Report on vaccination in Madras 1904-1921 - 1904-1921
Year: 1904
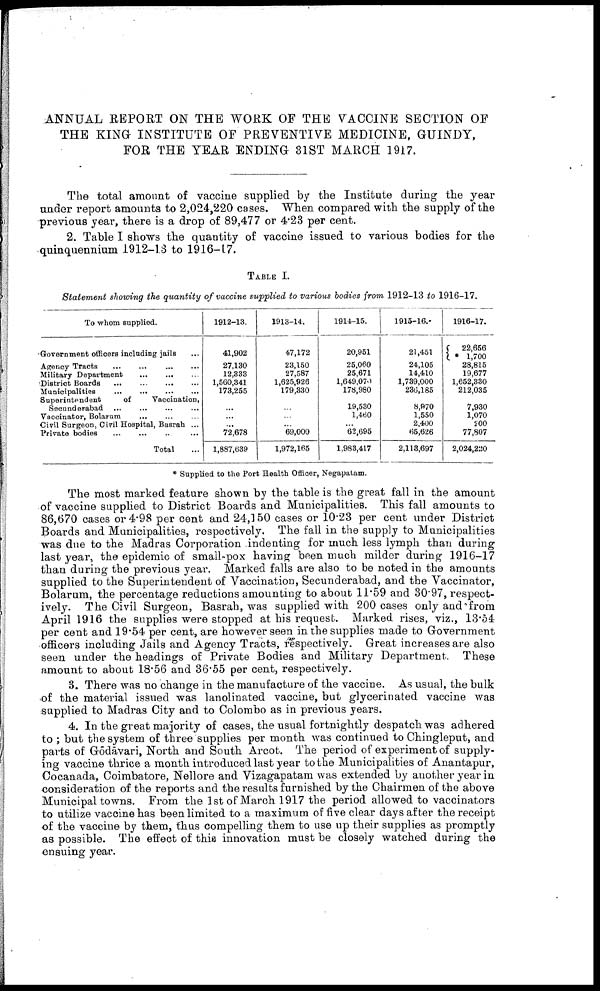
ANNUAL REPORT ON THE WORK OF THE VACCINE SECTION OF
THE KING INSTITUTE OF PREVENTIVE MEDICINE, GUINDY,
FOR THE YEAR ENDING 31ST MARCH 1917.
The total amount of vaccine supplied by the Institute during the year
under report amounts to 2,024,220 cases. When compared with the supply of the
previous year, there is a drop of 89,477 or 4.23 per cent.
2. Table I shows the quantity of vaccine issued to various bodies for the
quinquennium 1912-13 to 1916-17.
TABLE I.
Statement showing the quantity of vaccine supplied to various bodies from 1912-13 to 1916-17.
To whom supplied.
Government officers including jails ...
Agency Tracts .
.
. ... ... ...
Military Department
...
...
...
District Boards
...
...
...
...
Municipalities
...
...
...
...
Superintendent
of
Vaccination,
Secunderabad ... ... ... ...
Vaccinator, Bolarum ... ... ...
Civil Surgeon, Civil Hospital, Basrah ...
Private bodies ... ... ... ...
Total ...
1912-13.
41,902
27,130
12,333
1,560,341
173,255
...
...
...
72,678
1,887,639
1913-14.
47,172
23,150
27,587
1,625,926
179,330
...
...
...
69,000
1,972,165
1914-15.
20,951
25,060
25,671
1,649,070
178,980
19,530
1,460
...
62,695
1,983,417
1915-16.
21,451
24,105
14,410
1,739,000
236,185
8,970
1,550
2,400
65,626
2,113,697
1916-17.
22,656
* 1,700
28,815
19,677
1,652,330
212,035
7,930
1,070
200
77,807
2,024,220
* Supplied to the Port Health Officer, Negapatam.
The most marked feature shown by the table is the great fall in the amount
of vaccine supplied to District Boards and Municipalities. This fall amounts to
86,670 cases or 4.98 per cent and 24,150 cases or 10.23 per cent under District
Boards and Municipalities, respectively. The fall in the supply to Municipalities
was due to the Madras Corporation indenting for much less lymph than during
last year, the epidemic of small-pox having been much milder during 1916-17
than during the previous year. Marked falls are also to be noted in the amounts
supplied to the Superintendent of Vaccination, Secunderabad, and the Vaccinator,
Bolarum, the percentage reductions amounting to about 11.59 and 30.97, respect
ively. The Civil Surgeon, Basrah, was supplied with 200 cases only and from
April 1916 the supplies were stopped at his request. Marked rises, viz., 13.54
per cent and 19.54 per cent, are however seen in the supplies made to Government
officers including Jails and Agency Tracts, respectively. Great increases are also
seen under the headings of Private Bodies and Military Department. These
amount to about 18.56 and 36.55 per cent, respectively.
3. There was no change in the manufacture of the vaccine. As usual, the bulk
of the material issued was lanolinated vaccine, but glycerinated vaccine was
supplied to Madras City and to Colombo as in previous years.
4. In the great majority of cases, the usual fortnightly despatch was adhered
to ; but the system of three supplies per month was continued to Chingleput, and
parts of Gōdāvari, North and South Arcot. The period of experiment of supply
ing vaccine thrice a month introduced last year to the Municipalities of Anantapur,
Cocanada, Coimbatore, Nellore and Vizagapatam was extended by another year in
consideration of the reports and the results furnished by the Chairmen of the above
Municipal towns. From the 1st of March 1917 the period allowed to vaccinators
to utilize vaccine has been limited to a maximum of five clear days after the receipt
of the vaccine by them, thus compelling them to use up their supplies as promptly
as possible. The effect of this innovation must be closely watched during the
ensuing year.